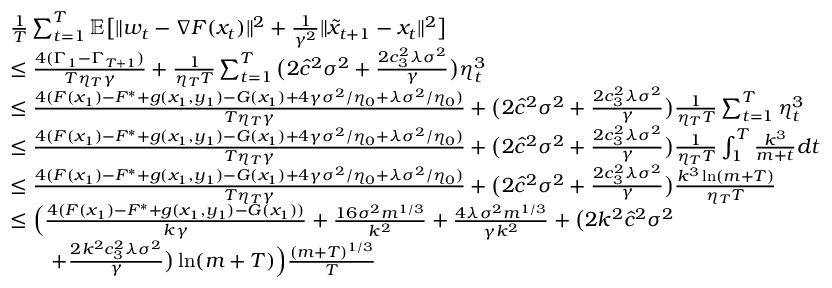
\begin{array} { r l } & { \frac { 1 } { T } \sum _ { t = 1 } ^ { T } \mathbb { E } \big [ \| w _ { t } - \nabla F ( x _ { t } ) \| ^ { 2 } + \frac { 1 } { \gamma ^ { 2 } } \| \tilde { x } _ { t + 1 } - x _ { t } \| ^ { 2 } \big ] } \\ & { \leq \frac { 4 ( \Gamma _ { 1 } - \Gamma _ { T + 1 } ) } { T \eta _ { T } \gamma } + \frac { 1 } { \eta _ { T } T } \sum _ { t = 1 } ^ { T } \big ( 2 \hat { c } ^ { 2 } \sigma ^ { 2 } + \frac { 2 c _ { 3 } ^ { 2 } \lambda \sigma ^ { 2 } } { \gamma } \big ) \eta _ { t } ^ { 3 } } \\ & { \leq \frac { 4 ( F ( x _ { 1 } ) - F ^ { * } + g ( x _ { 1 } , y _ { 1 } ) - G ( x _ { 1 } ) + 4 \gamma \sigma ^ { 2 } / \eta _ { 0 } + \lambda \sigma ^ { 2 } / \eta _ { 0 } ) } { T \eta _ { T } \gamma } + \big ( 2 \hat { c } ^ { 2 } \sigma ^ { 2 } + \frac { 2 c _ { 3 } ^ { 2 } \lambda \sigma ^ { 2 } } { \gamma } \big ) \frac { 1 } { \eta _ { T } T } \sum _ { t = 1 } ^ { T } \eta _ { t } ^ { 3 } } \\ & { \leq \frac { 4 ( F ( x _ { 1 } ) - F ^ { * } + g ( x _ { 1 } , y _ { 1 } ) - G ( x _ { 1 } ) + 4 \gamma \sigma ^ { 2 } / \eta _ { 0 } + \lambda \sigma ^ { 2 } / \eta _ { 0 } ) } { T \eta _ { T } \gamma } + \big ( 2 \hat { c } ^ { 2 } \sigma ^ { 2 } + \frac { 2 c _ { 3 } ^ { 2 } \lambda \sigma ^ { 2 } } { \gamma } \big ) \frac { 1 } { \eta _ { T } T } \int _ { 1 } ^ { T } \frac { k ^ { 3 } } { m + t } d t } \\ & { \leq \frac { 4 ( F ( x _ { 1 } ) - F ^ { * } + g ( x _ { 1 } , y _ { 1 } ) - G ( x _ { 1 } ) + 4 \gamma \sigma ^ { 2 } / \eta _ { 0 } + \lambda \sigma ^ { 2 } / \eta _ { 0 } ) } { T \eta _ { T } \gamma } + \big ( 2 \hat { c } ^ { 2 } \sigma ^ { 2 } + \frac { 2 c _ { 3 } ^ { 2 } \lambda \sigma ^ { 2 } } { \gamma } \big ) \frac { k ^ { 3 } \ln ( m + T ) } { \eta _ { T } T } } \\ & { \leq \Big ( \frac { 4 ( F ( x _ { 1 } ) - F ^ { * } + g ( x _ { 1 } , y _ { 1 } ) - G ( x _ { 1 } ) ) } { k \gamma } + \frac { 1 6 \sigma ^ { 2 } m ^ { 1 / 3 } } { k ^ { 2 } } + \frac { 4 \lambda \sigma ^ { 2 } m ^ { 1 / 3 } } { \gamma k ^ { 2 } } + \big ( 2 k ^ { 2 } \hat { c } ^ { 2 } \sigma ^ { 2 } } \\ & { \qquad + \frac { 2 k ^ { 2 } c _ { 3 } ^ { 2 } \lambda \sigma ^ { 2 } } { \gamma } \big ) \ln ( m + T ) \Big ) \frac { ( m + T ) ^ { 1 / 3 } } { T } } \end{array}